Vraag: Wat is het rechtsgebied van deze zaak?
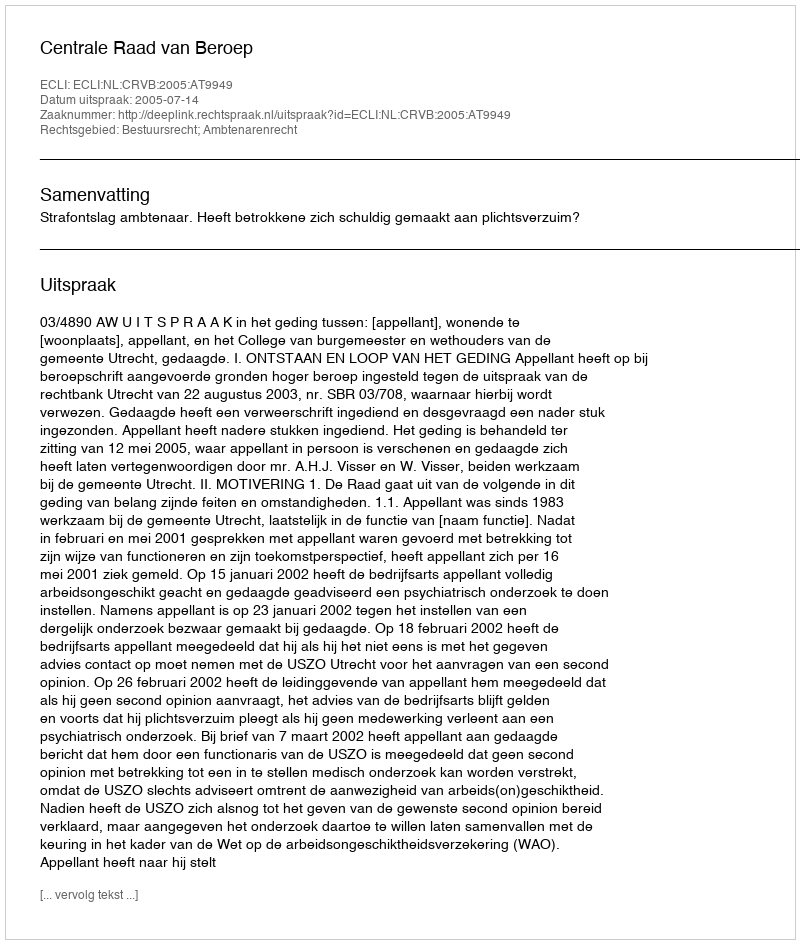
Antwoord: Bestuursrecht; Ambtenarenrecht